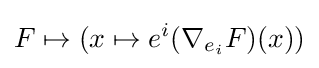
F\mapsto (x\mapsto e^{i}(\nabla _{e_{i}}F)(x))